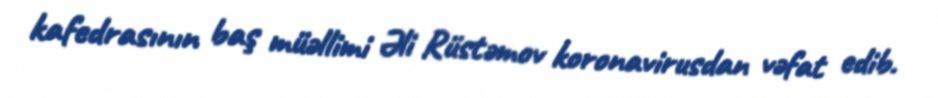
kafedrasının baş müəllimi Əli Rüstəmov koronavirusdan vəfat edib.